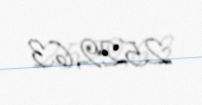
2529,63